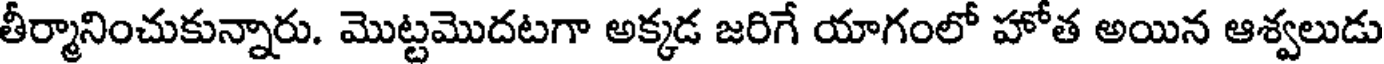
తీర్మానించుకున్నారు. మొట్టమొదటగా అక్కడ జరిగే యాగంలో హోత అయిన ఆశ్వలుడు